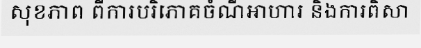
សុខភាព ពីការបរិភោគចំណីអាហារ និងការពិសា